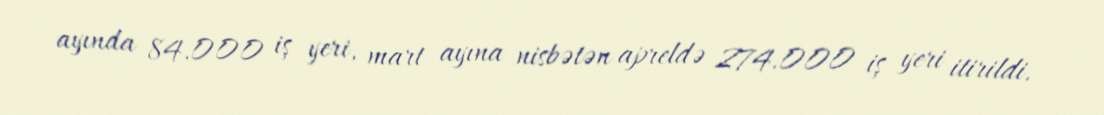
ayında 84.000 iş yeri, mart ayına nisbətən apreldə 274.000 iş yeri itirildi.